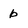
Character: b